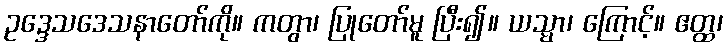
ဥဒ္ဒေသဒေသနာတော်ကို။ ကတွာ၊ ပြုတော်မူ ပြီး၍။ ယသ္မာ၊ ကြောင့်။ ဧတ္ထ၊